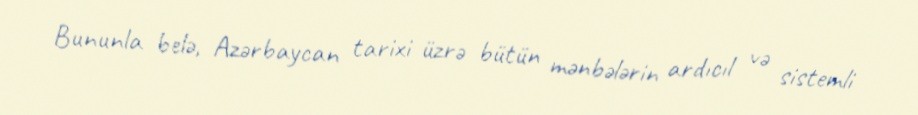
Bununla belə, Azərbaycan tarixi üzrə bütün mənbələrin ardıcıl və sistemli